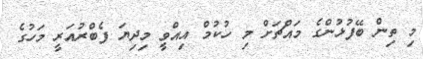
މި ތިން ބޭފުޅުންގެ މައްޗަށް މި ހުކުމް އިއްވީ މިދިޔަ ފެބްރުއަރީ މަހުގެ